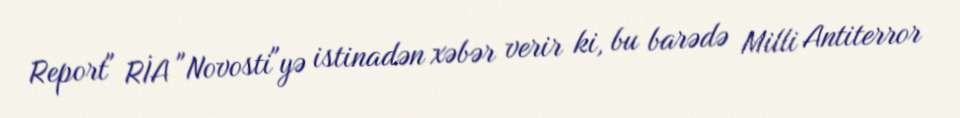
Report" RİA "Novosti"yə istinadən xəbər verir ki, bu barədə Milli Antiterror